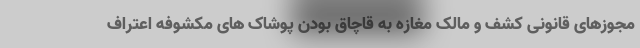
مجوزهای قانونی کشف و مالک مغازه به قاچاق بودن پوشاک های مکشوفه اعتراف